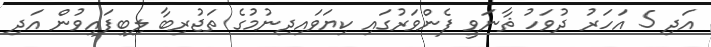
އަދި 5 އަހަރު ދުވަހު ޘާނަވީ ފެންވަރުގައި ކިޔަވައިދިނުމުގެ ތަޖުރިބާ ލިބިފައިވުން އަދި